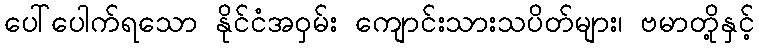
ပေါ်ပေါက်ရသော နိုင်ငံအဝှမ်း ကျောင်းသားသပိတ်များ၊ ဗမာတို့နှင့်